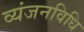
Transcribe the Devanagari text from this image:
व्यंजनविधि